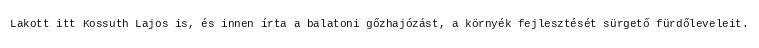
Lakott itt Kossuth Lajos is, és innen írta a balatoni gőzhajózást, a környék fejlesztését sürgető fürdőleveleit.